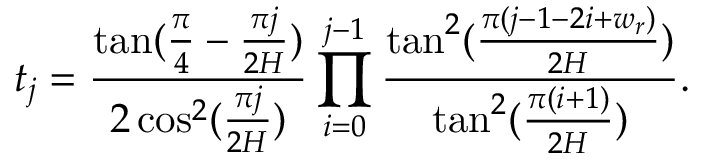
t _ { j } = \frac { \tan ( \frac { \pi } { 4 } - \frac { \pi j } { 2 H } ) } { 2 \cos ^ { 2 } ( \frac { \pi j } { 2 H } ) } \prod _ { i = 0 } ^ { j - 1 } \frac { \tan ^ { 2 } ( \frac { \pi ( j - 1 - 2 i + w _ { r } ) } { 2 H } ) } { \tan ^ { 2 } ( \frac { \pi ( i + 1 ) } { 2 H } ) } .